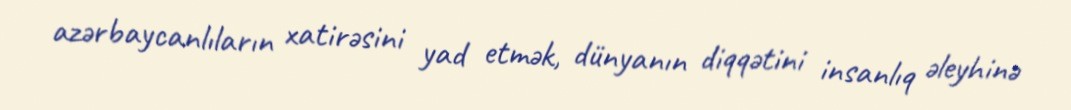
azərbaycanlıların xatirəsini yad etmək, dünyanın diqqətini insanlıq əleyhinə